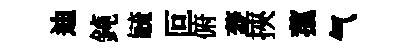
迪鈍毓叵俯菱挾菰气